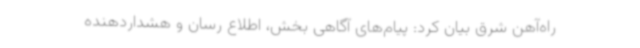
راه‌آهن شرق بیان کرد: پیام‌های آگاهی بخش، اطلاع رسان و هشداردهنده